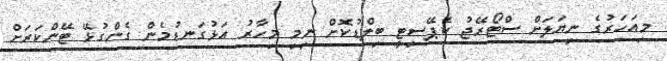
މިއަހަރުގެ ނިޔަލަށް ސްޓޯރޭޖު ކެޕޭސިޓީ ބިލްޑުކޮށް ނިމި މިހާރު އަޅުގަނޑުމެން ގެންގުޅޭ ޓޭންކަރަށް